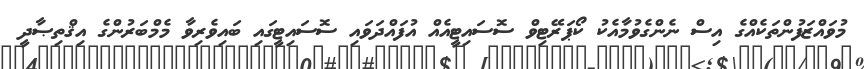
މުވައްޒަފުންތަކެއްގެ އިސް ނެންގެވުމާއެކު ކޯޕަރޭޓިވް ސޮސައިޓީއެއް އުފައްދަވައި ސޮސައިޓީގައި ބައިވެރިވާ މެމްބަރުންގެ އިޤްތިޞާދީ